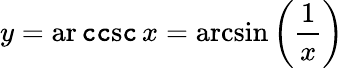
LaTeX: y=\operatorname{ar\mathtt{c}\mathtt{c}s\mathtt{c}}x=\arcsin\left({\frac{{1}}{{x}}}\right)